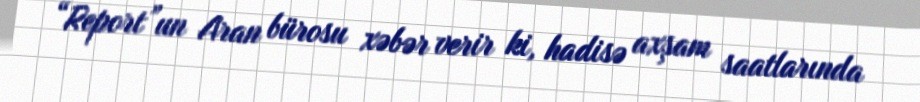
“Report”un Aran bürosu xəbər verir ki, hadisə axşam saatlarında